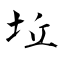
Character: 坵